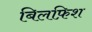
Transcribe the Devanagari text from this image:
बिलफ़िश